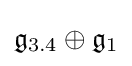
{\mathfrak {g}}_{3.4}\oplus {\mathfrak {g}}_{1}